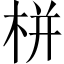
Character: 栟